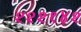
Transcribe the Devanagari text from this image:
२२२१४२